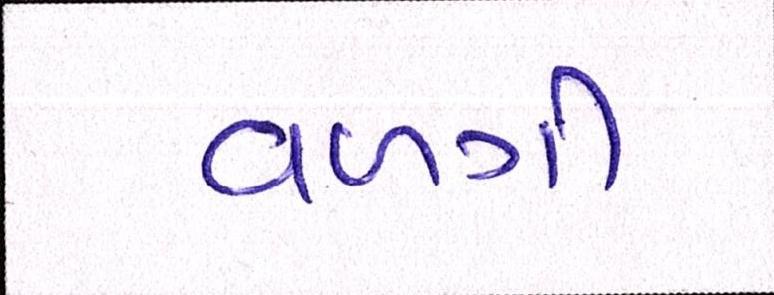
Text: વળગી